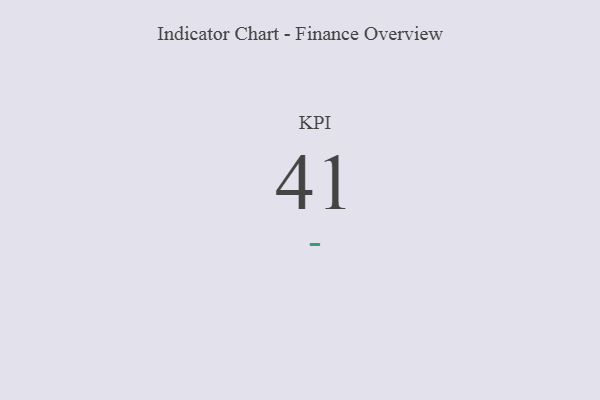
{"axis": {"x": "KPI", "y": "Value"}, "legend": [""], "data": [{"x": "KPI", "y": 41, "type": ""}]}